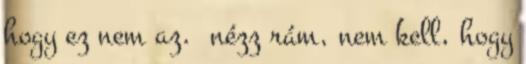
hogy ez nem az. nézz rám, nem kell, hogy